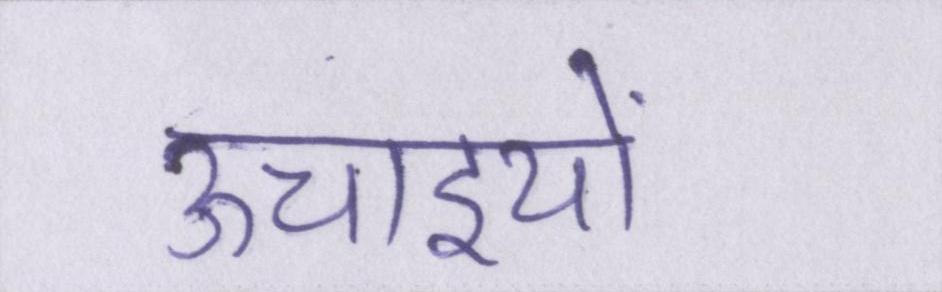
ऊचाइयों